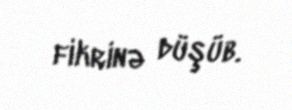
fikrinə düşüb.